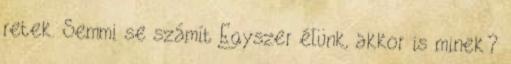
retek. Semmi se számít Egyszer élünk, akkor is minek?